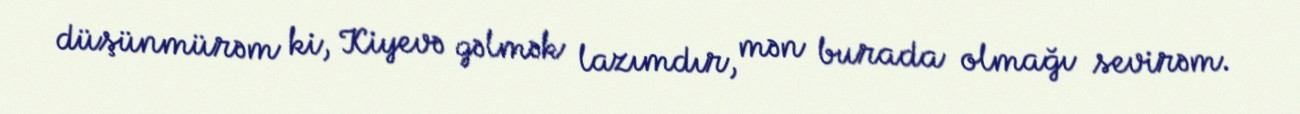
düşünmürəm ki, Kiyevə gəlmək lazımdır, mən burada olmağı sevirəm.